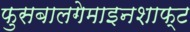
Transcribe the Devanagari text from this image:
फुसबालगेमाइनशाफ्ट